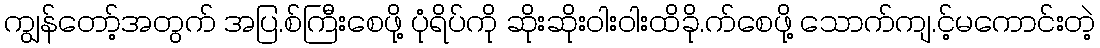
ကျွန်တော့်အတွက် အပြ.စ်ကြီးစေဖို့ ပုံရိပ်ကို ဆိုးဆိုးဝါးဝါးထိခို.က်စေဖို့ သောက်ကျ.င့်မကောင်းတဲ့